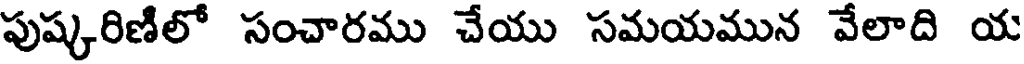
పుష్కరిణిలో సంచారము చేయు సమయమున వేలాది య